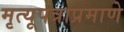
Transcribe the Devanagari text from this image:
मृत्यूपत्राप्रमाणे